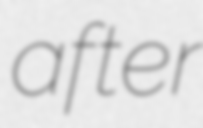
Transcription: after